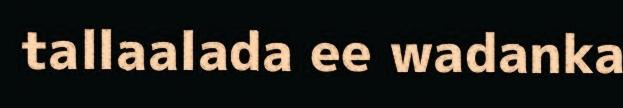
tallaalada ee wadanka